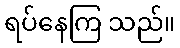
ရပ်နေကြ သည်။